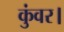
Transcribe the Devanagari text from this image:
कुंवर।